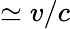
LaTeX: \simeq v/c